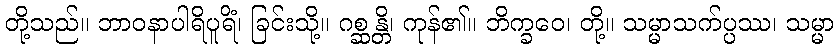
တို့သည်။ ဘာဝနာပါရိပူရိံ၊ ခြင်းသို့။ ဂစ္ဆန္တိ၊ ကုန်၏။ ဘိက္ခဝေ၊ တို့။ သမ္မာသက်ပ္ပဿ၊ သမ္မာ